Subject: eess
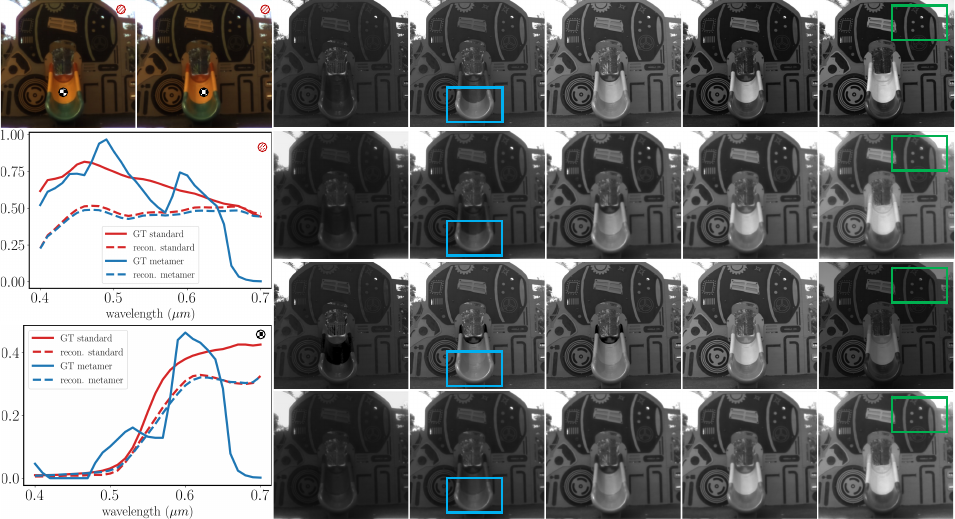
LaTeX code:
    \begin{tikzpicture}
        \node[anchor=south west, inner sep=0] at (0,0) {\includegraphics[width=\textwidth]{2384_figures_MetamerFailure_gray.pdf}};
        \draw (2.6,9.3) node[text width=4cm,align=left] {\textcolor{white}{standard}};
        \draw (5.1,9.3) node[text width=4cm,align=left] {\textcolor{white}{metamer}};
        \draw (7.7,9.3) node[text width=4cm,align=left] {\textcolor{white}{420~nm}};
        \draw (10.2,9.3) node[text width=4cm,align=left] {\textcolor{white}{500~nm}};
        \draw (12.7,9.3) node[text width=4cm,align=left] {\textcolor{white}{550~nm}};
        \draw (15.1,9.3) node[text width=4cm,align=left] {\textcolor{white}{580~nm}};
        \draw (17.5,9.3) node[text width=4cm,align=left] {\textcolor{white}{660~nm}};
        \draw (19.7,8.3) node[text width=4cm,align=left] {\rotatebox[origin=c]{-90}{GT std}};
        \draw (19.5,6.0) node[text width=4cm,align=left] {\rotatebox[origin=c]{-90}{recon std}};
        \draw (19.5,3.6) node[text width=4cm,align=left] {\rotatebox[origin=c]{-90}{GT metamer}};
        \draw (19.5,1.2) node[text width=4cm,align=left] {\rotatebox[origin=c]{-90}{recon metamer}};
    \end{tikzpicture}